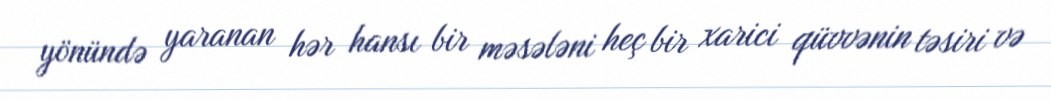
yönündə yaranan hər hansı bir məsələni heç bir xarici qüvvənin təsiri və